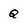
Character: Q